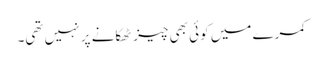
کمرے میں کوئی بھی چیز ٹھکانے پر نہیں تھی۔